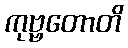
ကုဗ္ဗတောတိ